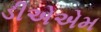
ડીએએમ